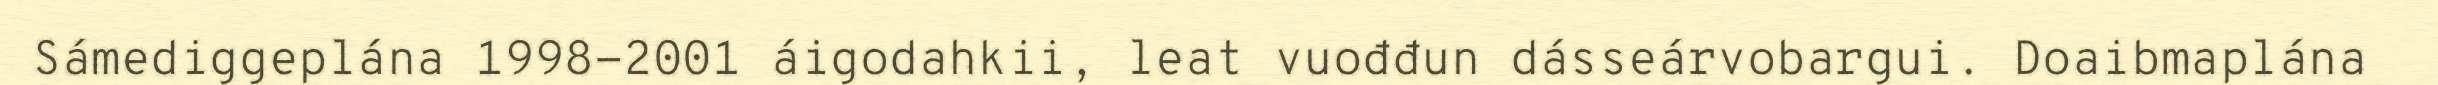
Sámediggeplána 1998-2001 áigodahkii, leat vuođđun dásseárvobargui. Doaibmaplána